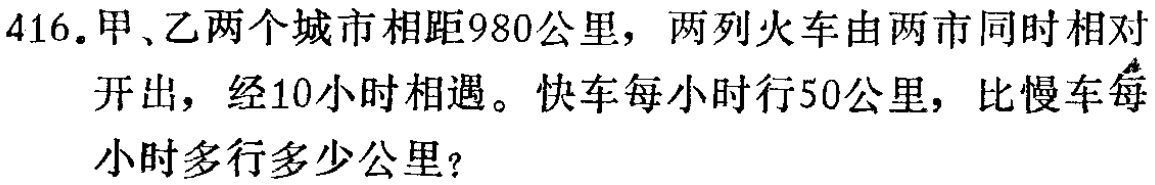
416.甲、乙两个城市相距980公里，两列火车由两市同时相对开出，经10小时相遇。快车每小时行50公里，比慢车每小时多行多少公里？